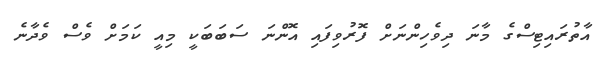
އާތުރައިޓިސްގެ މާނަ ދިވެހިންނަށް ފޮރުވިފައި އޮންނަ ސަބަބަކީ މިއީ ކަމަށް ވެސް ވެދާނެ